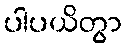
ပါပယိတွာ